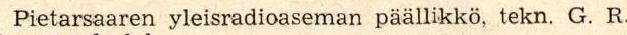
Pietarsaaren yleisradioaseman päällikkö, tekn. G. R.